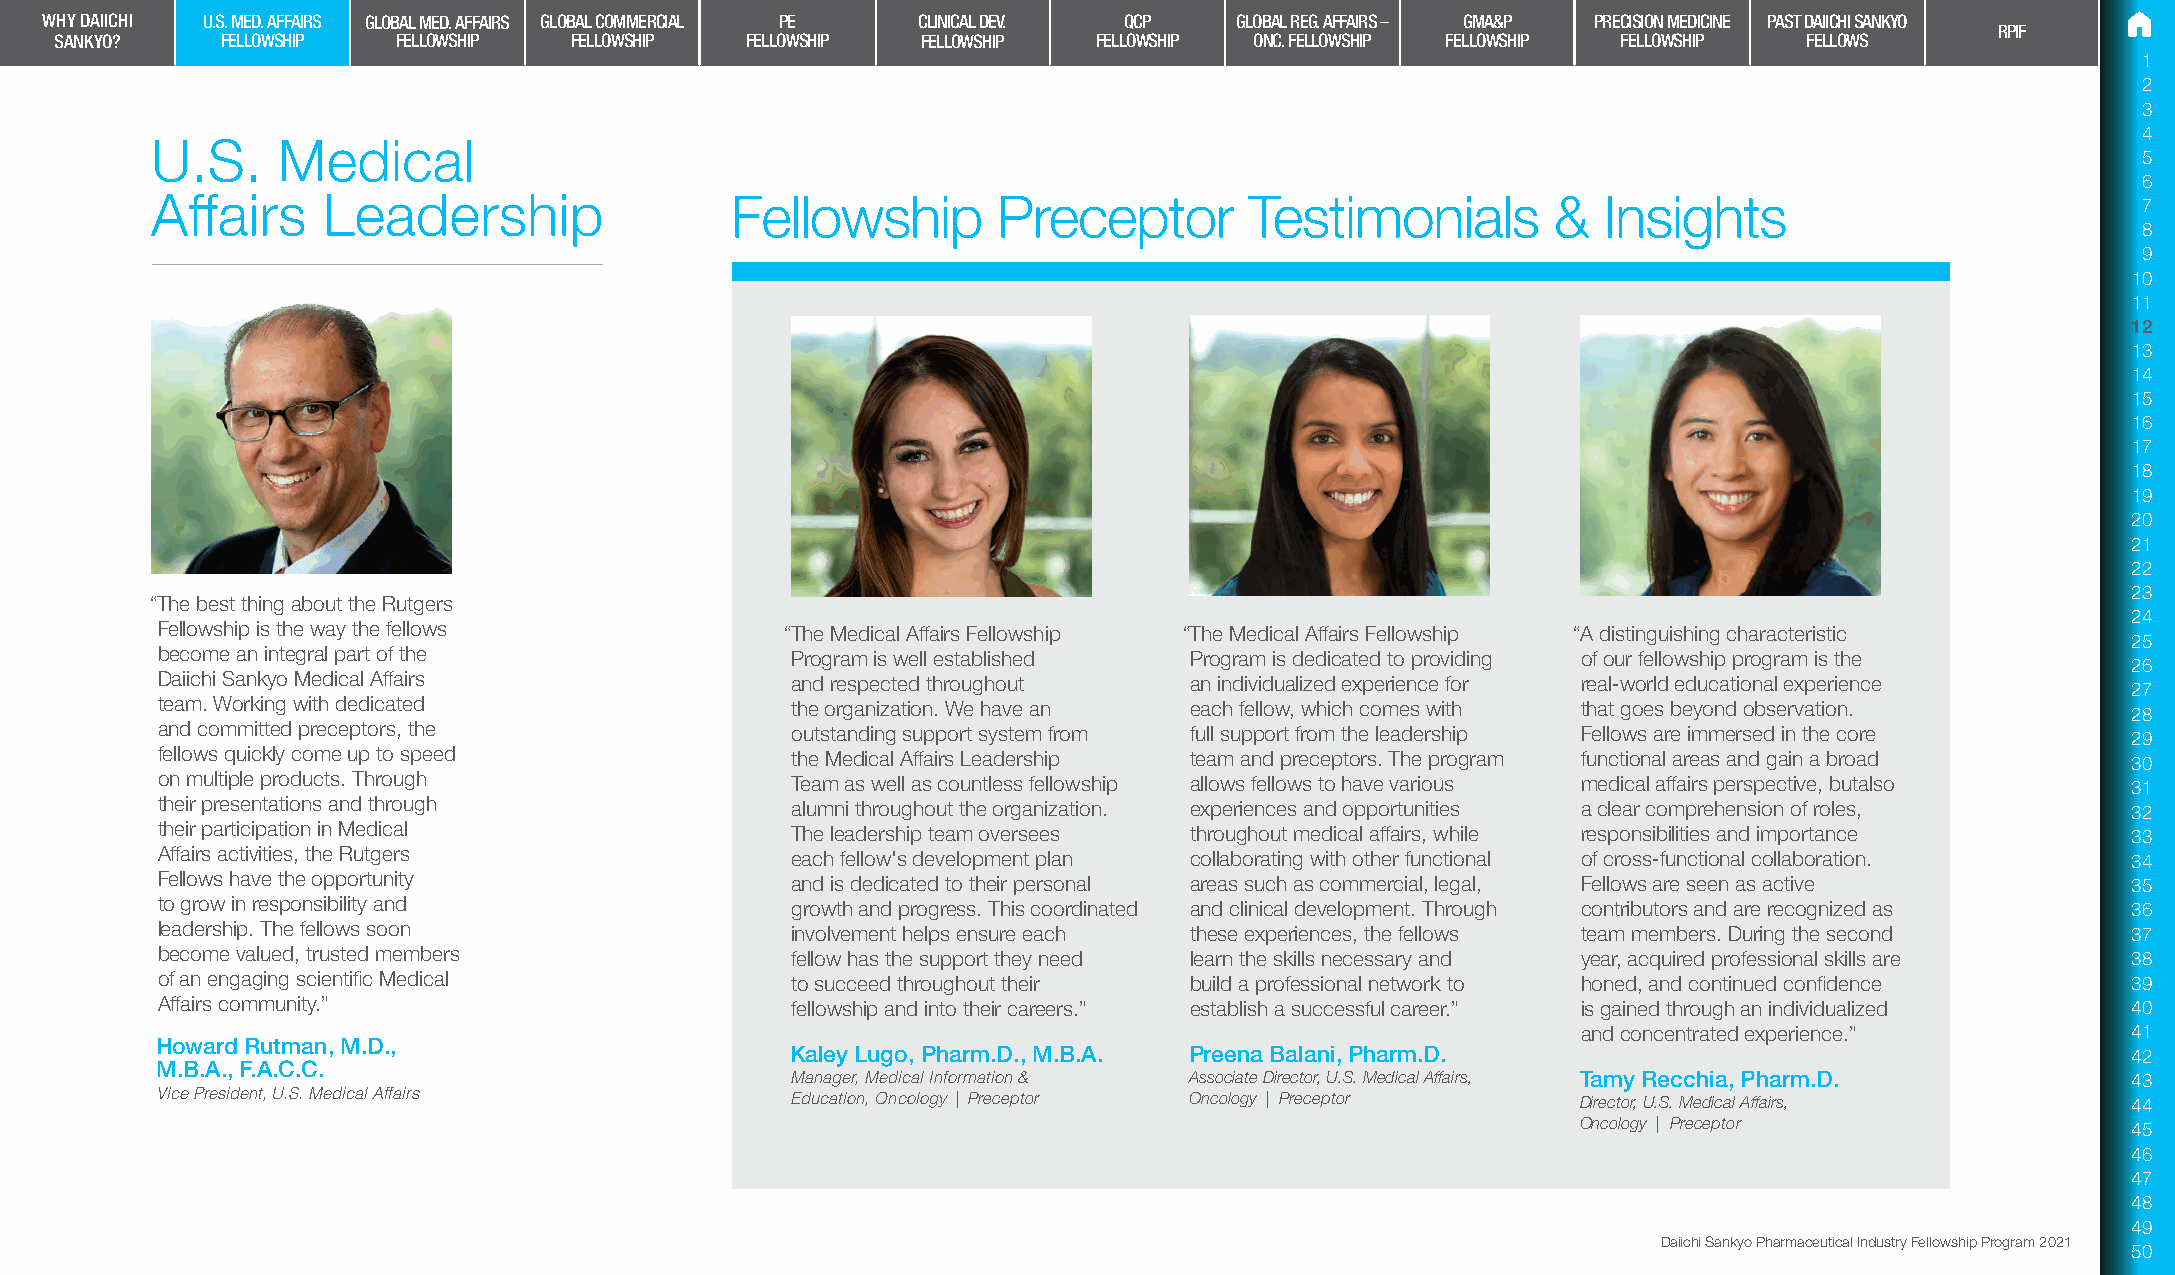
WHY DAIICHI U.S. MED. AFFAIRS GLOBAL MED. AFFAIRS GLOBAL COMMERCIAL PE CLINICAL DEV. QCP GLOBAL REG. AFFAIRS – GMA&P PRECISION MEDICINE PAST DAIICHI SANKYO
 RPIF
 SANKYO?    FELLOWSHIP FELLOWSHIP  FELLOWSHIP FELLOWSHIP  FELLOWSHIP  FELLOWSHIP ONC. FELLOWSHIP FELLOWSHIP FELLOWSHIP FELLOWS
 1
 2
 3
 4
 U.S.    Medical
 5
 6
 Affairs    Leadership                 Fellowship        Preceptor        Testimonials        &  Insights                            7
 8
 9
 10
 11
 12
 13
 14
 15
 16
 17
 18
 19
 20
 21
 22
 23
 “The best thing about the Rutgers
 24
 Fellowship is the way the fellows         “The Medical Affairs Fellowship “The Medical Affairs Fellowship “A distinguishing characteristic
 25
 become an integral part of the            Program is well established Program is dedicated to providing of our fellowship program is the
 26
 Daiichi Sankyo Medical Affairs            and respected throughout   an individualized experience for real-world educational experience
 27
 team. Working with dedicated              the organization. We have an each fellow, which comes with that goes beyond observation.
 28
 and committed preceptors, the             outstanding support system from full support from the leadership Fellows are immersed in the core 29
 fellows quickly come up to speed          the Medical Affairs Leadership team and preceptors. The program functional areas and gain a broad 30
 on multiple products. Through             Team as well as countless fellowship allows fellows to have various medical affairs perspective, butalso 31
 their presentations and through           alumni throughout the organization. experiences and opportunities a clear comprehension of roles, 32
 their participation in Medical            The leadership team oversees throughout medical affairs, while responsibilities and importance 33
 Affairs activities, the Rutgers           each fellow's development plan collaborating with other functional of cross-functional collaboration. 34
 Fellows have the opportunity              and is dedicated to their personal areas such as commercial, legal, Fellows are seen as active 35
 to grow in responsibility and             growth and progress. This coordinated and clinical development. Through contributors and are recognized as 36
 leadership. The fellows soon              involvement helps ensure each these experiences, the fellows team members. During the second 37
 become valued, trusted members            fellow has the support they need learn the skills necessary and year, acquired professional skills are 38
 of an engaging scientific Medical         to succeed throughout their build a professional network to honed, and continued confidence 39
 Affairs community.”                       fellowship and into their careers.” establish a successful career.” is gained through an individualized 40
 and concentrated experience.”       41
 Howard Rutman, M.D.,
 Kaley Lugo, Pharm.D., M.B.A. Preena Balani, Pharm.D.                                     42
 M.B.A., F.A.C.C.
 Manager, Medical Information & Associate Director, U.S. Medical Affairs, Tamy Recchia, Pharm.D. 43
 Vice President, U.S. Medical Affairs      Education, Oncology | Preceptor Oncology | Preceptor Director, U.S. Medical Affairs,     44
 Oncology | Preceptor                45
 46
 47
 48
 49
 Daiichi Sankyo Pharmaceutical Industry Fellowship Program 2021
 50